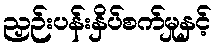
ညှဉ်းပန်းနှိပ်စက်မှုနှင့်